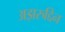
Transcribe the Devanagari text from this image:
अझरुद्दिन